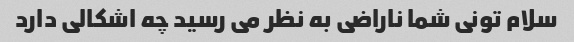
سلام تونی شما ناراضی به نظر می رسید چه اشکالی دارد